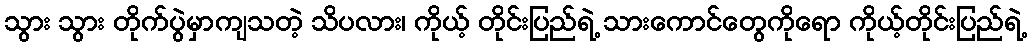
သွား သွား တိုက်ပွဲမှာကျသတဲ့ သိပလား၊ ကိုယ့် တိုင်းပြည်ရဲ့ သားကောင်တွေကိုရော ကိုယ့်တိုင်းပြည်ရဲ့